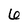
Character: 6